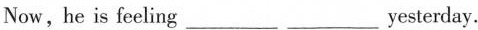
Now, he is feeling___ ___yesterday.